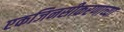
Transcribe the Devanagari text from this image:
एकजिनसीकरणाच्या